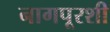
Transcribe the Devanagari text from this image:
नागपूरशी